Indian journal of veterinary science and animal husbandry - Volumes 22-23, 1952-1953
Year: 1952
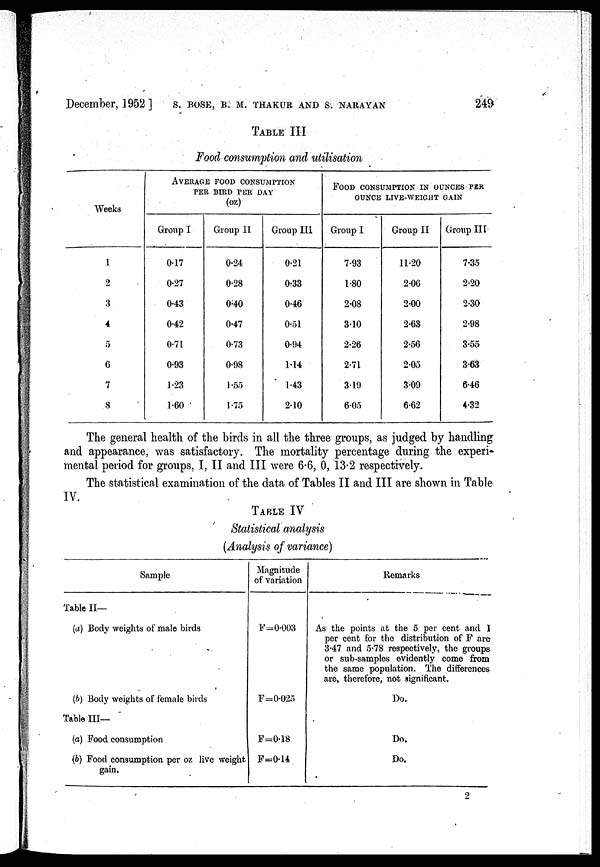
December, 1952] S. BOSE, B. M. THAKUR AND S. NARAYAN 249
TABLE III
Food consumption and utilisation
Weeks
1
2
3
4
5
6
7
8
AVERAGE FOOD CONSUMPTION
PER BIRD PER DAY
(oz)
Group I
0.17
0.27
0.43
0.42
0.71
0.93
1.23
1.60
Group 11
0.24
0.28
0.40
0.47
0.73
0.98
1.55
1.75
Group III
0.21
0.33
0.46
0.51
0.94
1.44
1.43
2.10
FOOD CONSUMPTION IN OUNCES PER
OUNCE LIVE-WEIGHT GAIN
Group
7.93
1.80
2.08
3.10
2.26
2.71
3.19
6.05
Group II
11.20
2.06
2.00
2.63
2.56
2.05
3.09
6.62
Group III
7.35
2.20
2.30
2.98
3.55
3.63
646
4.32
The general health of the birds in all the three groups, as judged by handling
and appearance, was satisfactory. The mortality percentage during the experi-
mental period for groups, I, II and III were 6.6, 0, 13.2 respectively.
The statistical examination of the data of Tables II and III are shown in Table
IV.
TABLE IV
Statistical analysis
(Analysis of variance)
Sample
Table II—
(a) Body weights of male birds
(b) Body weights of female birds
Table III—
(a) Food consumption
(b) Food consumption per oz live weight
gain.
Magnitude
of variation
F=0.003
F=0.025
F=0.18
F=0.14
Remarks
As the points at the 5 per cent and I
per cent for the distribution of F are
3.47 and 5.78 respectively, the groups
or sub-samples evidently come from
the same population. The differences
are, therefore, not significant.
Do.
Do.
Do.
2